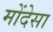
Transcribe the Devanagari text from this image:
मोंदेसा